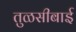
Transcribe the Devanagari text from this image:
तुळसीबाई